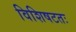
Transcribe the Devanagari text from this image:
विशिषटतः